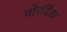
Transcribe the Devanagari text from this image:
चोरदिंडा